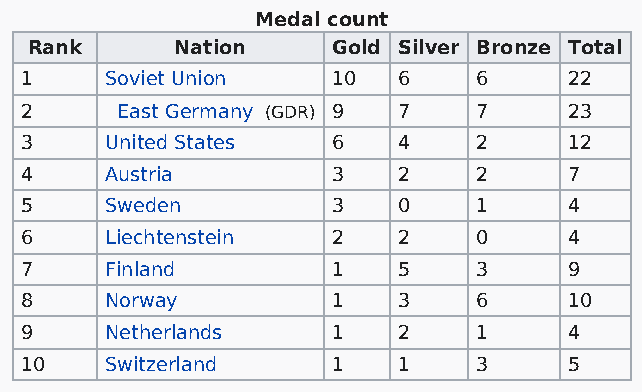
Medal count
 Rank      Nation    Gold Silver Bronze Total
 1     Soviet Union   10  6     6     22
 2      East Germany (GDR) 9 7  7     23
 3     United States  6   4     2     12
 4     Austria        3   2     2     7
 5     Sweden         3   0     1     4
 6     Liechtenstein  2   2     0     4
 7     Finland        1   5     3     9
 8     Norway         1   3     6     10
 9     Netherlands    1   2     1     4
 10    Switzerland    1   1     3     5